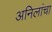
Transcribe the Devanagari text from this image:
अनिलांचा